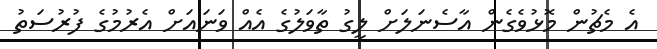
އެ މެޗުން މޮޅުވެގެން އާސެނަލަށް ލީގު ތާވަލުގެ އެއް ވަނައަށް އެރުމުގެ ފުރުސަތު